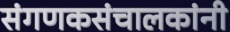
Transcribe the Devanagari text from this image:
संगणकसंचालकांनी